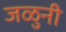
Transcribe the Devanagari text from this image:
जळुनी